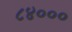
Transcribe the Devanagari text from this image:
८४०००